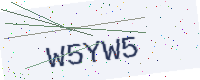
Text: W5YW5